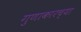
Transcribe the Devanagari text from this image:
गुणाकारच्या